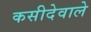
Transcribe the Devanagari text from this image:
कसीदेवाले